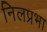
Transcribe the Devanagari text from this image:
निलप्रभा